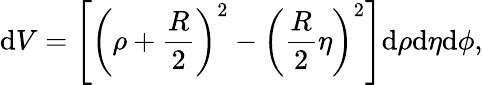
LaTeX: \mathrm{d}V=\left[\left(\rho+\frac{R}{2}\right)^{2}-\left(\frac{R}{2}\eta\right)^{2}\right]\mathrm{d}\rho\mathrm{d}\eta\mathrm{d}\phi,